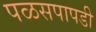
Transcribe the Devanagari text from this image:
पळसपापडी